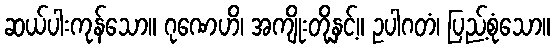
ဆယ်ပါးကုန်သော။ ဂုဏေဟိ၊ အကျိုးတို့နှင့်။ ဥပါဂတံ၊ ပြည့်စုံသော။